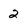
Character: 2